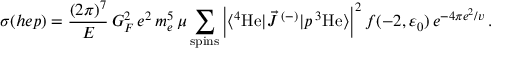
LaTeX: \sigma ( h e p ) = \frac { ( 2 \pi ) ^ { 7 } } { E } \, G _ { F } ^ { 2 } \, e ^ { 2 } \, m _ { e } ^ { 5 } \, \mu \sum _ { \mathrm { s p i n s } } \left| \langle { ^ 4 { \mathrm { H e } } } | \vec { J } \, ^ { ( - ) } | p \, { ^ 3 { \mathrm { H e } } } \rangle \right| ^ { 2 } f ( - 2 , \varepsilon _ { 0 } ) \, e ^ { { - 4 \pi e ^ { 2 } } / { v } } \, .